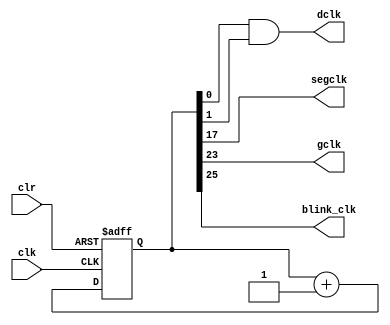
`timescale 1ns / 1ps

module clockdiv(
	input wire clk,		//master clock: 100MHz
	input wire clr,		//asynchronous reset
	output wire dclk,		//pixel clock: 25MHz
	output wire segclk,	//7-segment clock: 381.47Hz
	output wire gclk,   // about 50Hz
	output wire blink_clk
	);

// 17-bit counter variable
	reg [25:0] q;

// Clock divider --
// Each bit in q is a clock signal that is
// only a fraction of the master clock.
always @(posedge clk or posedge clr)
begin
	// reset condition
	if (clr == 1)
		q <= 0;
	// increment counter by one
	else
		q <= q + 1;
end

// 100Mhz  2^18 = 381.47Hz
assign segclk = q[17];

// 100Mhz  4 = 25MHz --bottom 2 bits will count from 0 to 4
assign dclk = q[0] & q[1];
assign gclk = q[23];
assign blink_clk = q[25];

endmodule